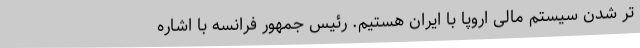
تر شدن سیستم مالی اروپا با ایران هستیم. رئیس جمهور فرانسه با اشاره